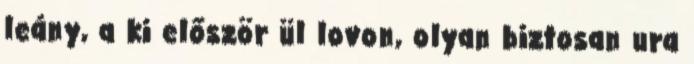
leány, a ki először ül lovon, olyan biztosan ura